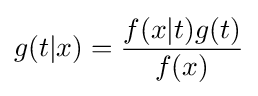
g(t|x)={\frac {f(x|t)g(t)}{f(x)}}